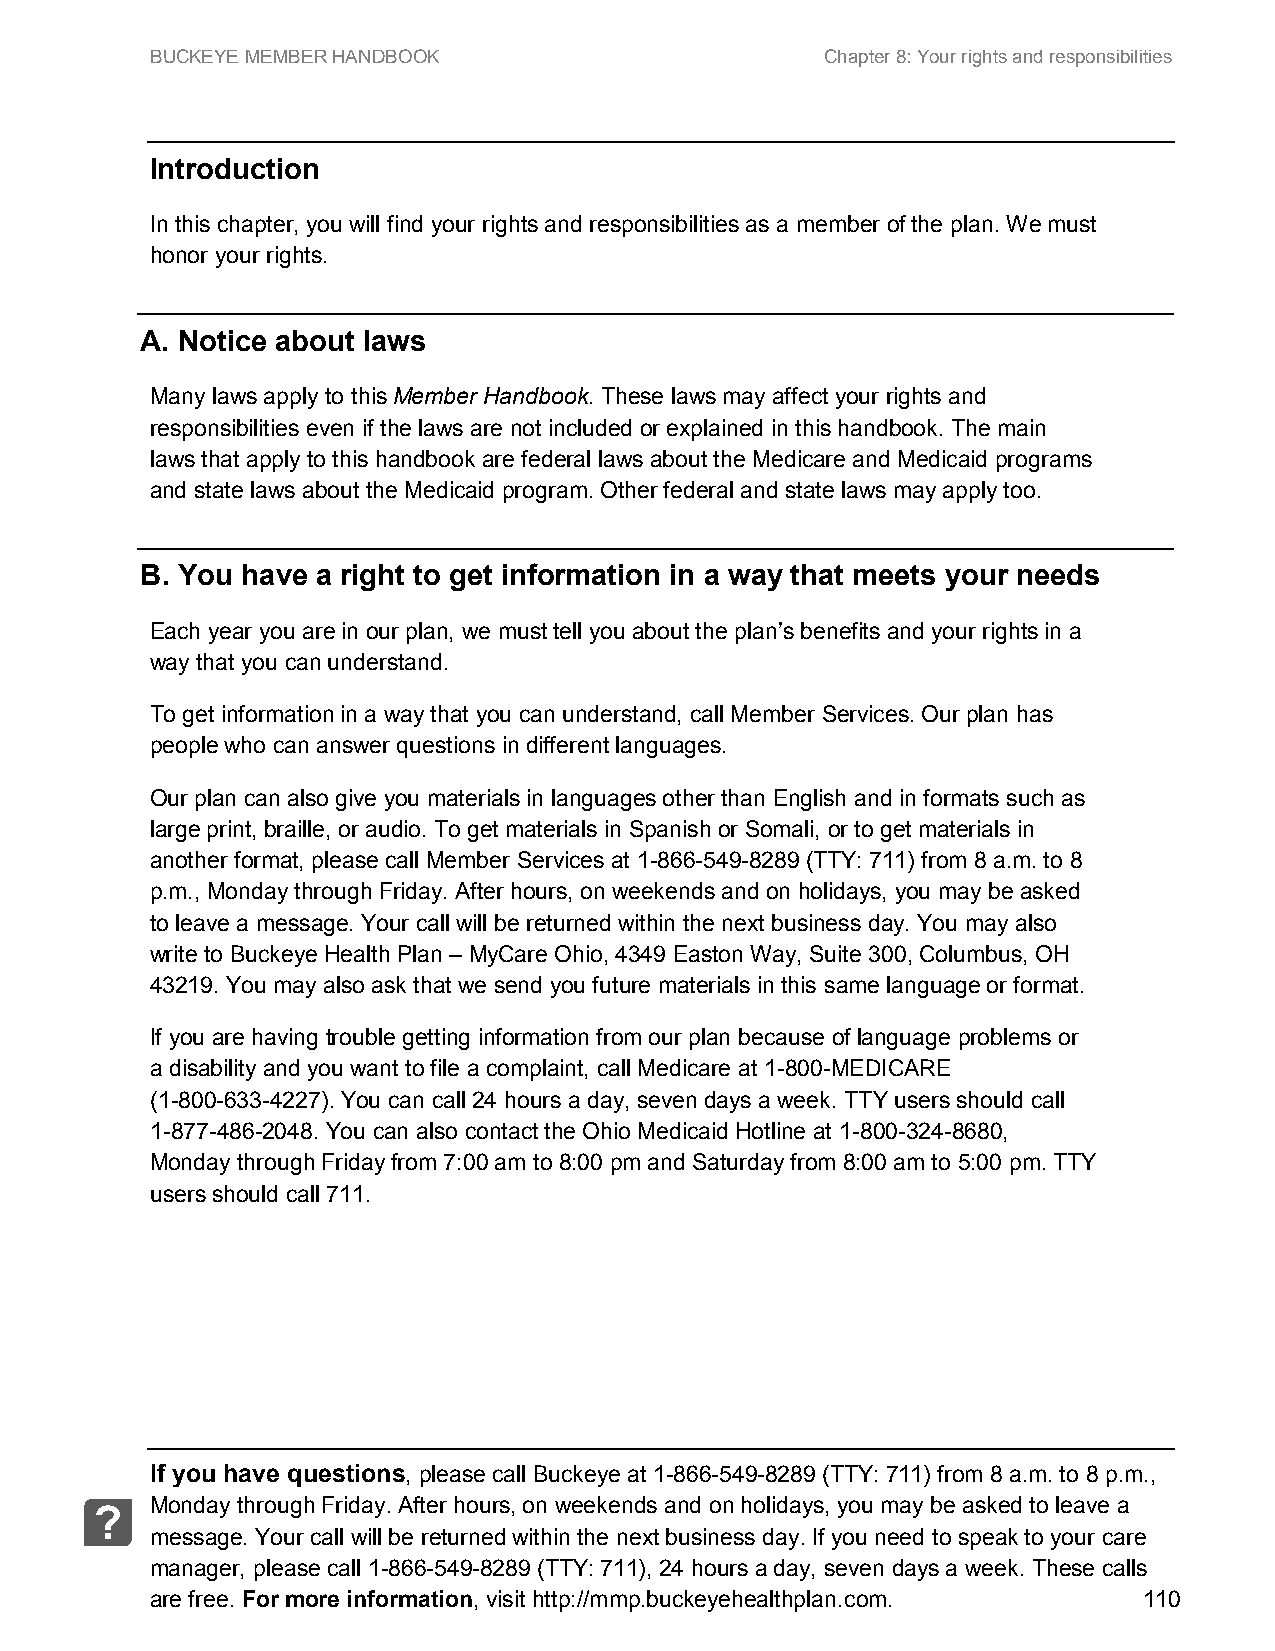
BUCKEYE MEMBER HANDBOOK                      Chapter 8: Your rights and responsibilities
 Introduction
 In this chapter, you will find your rights and responsibilities as a member of the plan. We must
 honor your rights.
 A. Notice about laws
 Many laws apply to this Member Handbook. These laws may affect your rights and
 responsibilities even if the laws are not included or explained in this handbook. The main
 laws that apply to this handbook are federal laws about the Medicare and Medicaid programs
 and state laws about the Medicaid program. Other federal and state laws may apply too.
 B. You have a right to get information in a way that meets your needs
 Each year you are in our plan, we must tell you about the plan’s benefits and your rights in a
 way that you can understand.
 To get information in a way that you can understand, call Member Services. Our plan has
 people who can answer questions in different languages.
 Our plan can also give you materials in languages other than English and in formats such as
 large print, braille, or audio. To get materials in Spanish or Somali, or to get materials in
 another format, please call Member Services at 1-866-549-8289 (TTY: 711) from 8 a.m. to 8
 p.m., Monday through Friday. After hours, on weekends and on holidays, you may be asked
 to leave a message. Your call will be returned within the next business day. You may also
 write to Buckeye Health Plan – MyCare Ohio, 4349 Easton Way, Suite 300, Columbus, OH
 43219. You may also ask that we send you future materials in this same language or format.
 If you are having trouble getting information from our plan because of language problems or
 a disability and you want to file a complaint, call Medicare at 1-800-MEDICARE
 (1-800-633-4227). You can call 24 hours a day, seven days a week. TTY users should call
 1-877-486-2048. You can also contact the Ohio Medicaid Hotline at 1-800-324-8680,
 Monday through Friday from 7:00 am to 8:00 pm and Saturday from 8:00 am to 5:00 pm. TTY
 users should call 711.
 If you have questions, please call Buckeye at 1-866-549-8289 (TTY: 711) from 8 a.m. to 8 p.m.,
 Monday through Friday. After hours, on weekends and on holidays, you may be asked to leave a
 ?
 message. Your call will be returned within the next business day. If you need to speak to your care
 manager, please call 1-866-549-8289 (TTY: 711), 24 hours a day, seven days a week. These calls
 are free. For more information, visit http://mmp.buckeyehealthplan.com. 110